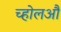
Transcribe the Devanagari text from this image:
च्होलऔ